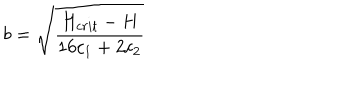
b = \sqrt { \frac { H _ { c r i t } - H } { 1 6 c _ { 1 } + 2 c _ { 2 } } }